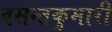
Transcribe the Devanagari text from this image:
वसन्तकुमारी